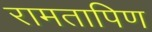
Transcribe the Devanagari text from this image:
रामतापिण